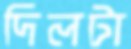
দিলটা